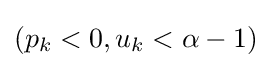
(p_{k}<0,u_{k}<\alpha -1)